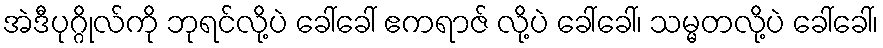
အဲဒီပုဂ္ဂိုလ်ကို ဘုရင်လို့ပဲ ခေါ်ခေါ် ဧကရာဇ် လို့ပဲ ခေါ်ခေါ်၊ သမ္မတလို့ပဲ ခေါ်ခေါ်၊